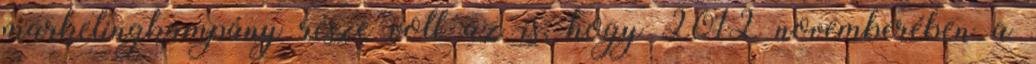
marketingkampány része volt az is, hogy 2012 novemberében a